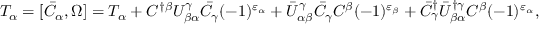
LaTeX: { \cal T } _ { \alpha } = [ \bar { C } _ { \alpha } , \Omega ] = T _ { \alpha } + C ^ { \dagger \beta } U _ { \beta \alpha } ^ { \gamma } \bar { C } _ { \gamma } ( - 1 ) ^ { \varepsilon _ { \alpha } } + \bar { U } _ { \alpha \beta } ^ { \gamma } \bar { C } _ { \gamma } C ^ { \beta } ( - 1 ) ^ { \varepsilon _ { \beta } } + \bar { C } _ { \gamma } ^ { \dagger } \bar { U } _ { \beta \alpha } ^ { \dagger \gamma } C ^ { \beta } ( - 1 ) ^ { \varepsilon _ { \alpha } } ,